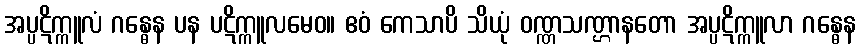
အပ္ပဋိက္ကူလံ ဂန္ဓေန ပန ပဋိက္ကူလမေဝ။ ဧဝံ ကေသာပိ သိယုံ ဝဏ္ဏသဏ္ဌာနတော အပ္ပဋိက္ကူလာ ဂန္ဓေန